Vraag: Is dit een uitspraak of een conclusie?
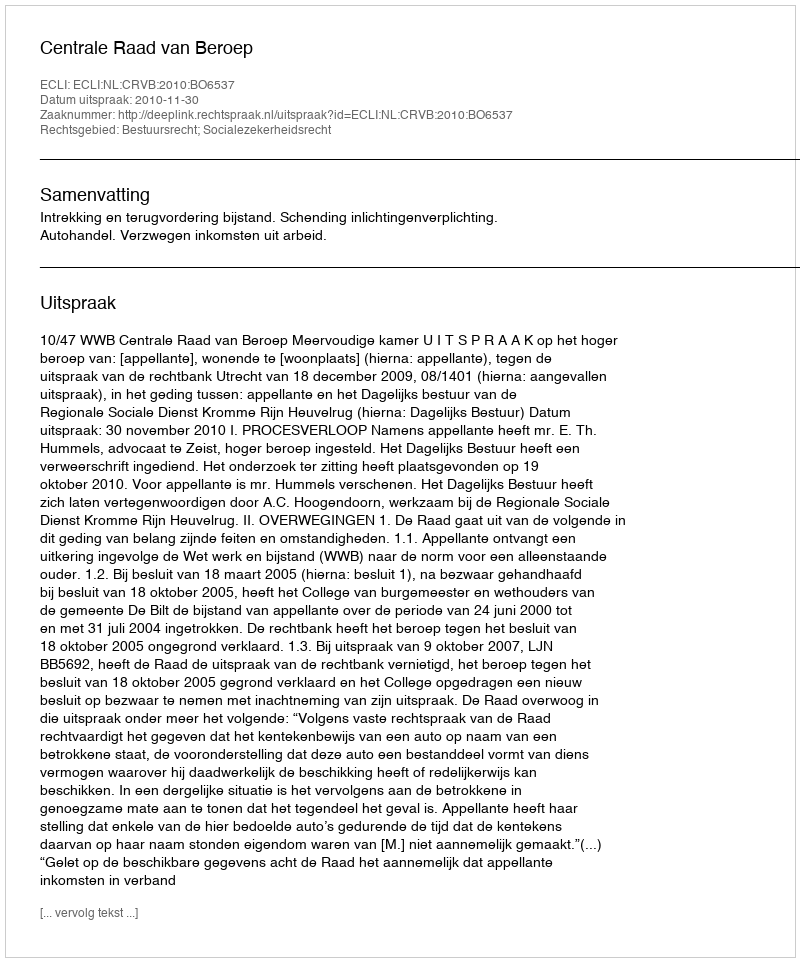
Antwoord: Uitspraak